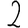
Digit: 2